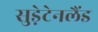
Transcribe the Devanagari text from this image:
सुड़ेटेनलैंड